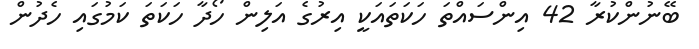
ބޭނުންކުރާ 42 އިންސައްތަ ހަކަތައަކީ އިރުގެ އަލިން ހޯދާ ހަކަތަ ކަމުގައި ހެދުން